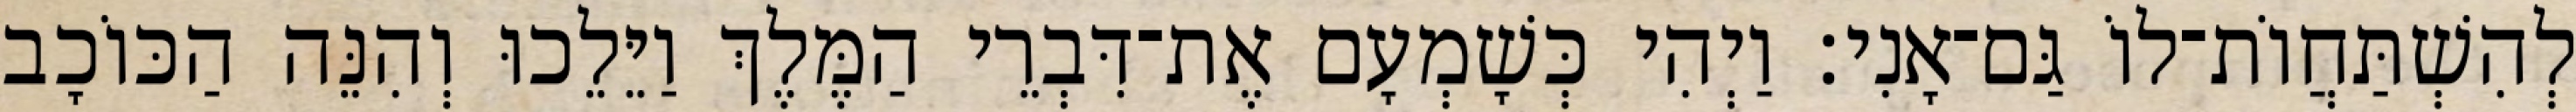
לְהִשְׁתַּחֲוֹת־לוֹ גַּם־אָנִי׃ וַיְהִי כְּשָׁמְעָם אֶת־דִּבְרֵי הַמֶּלֶךְ וַיֵּלֵכוּ וְהִנֵּה הַכּוֹכָב